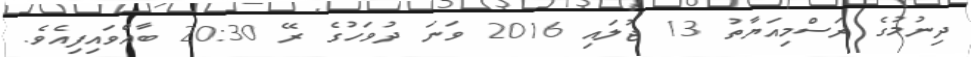
ދިނުމުގެ ރަސްމިއަޔާތު 13 ޖުލައި 2016 ވަނަ ދުވަހުގެ ރޭ 20:30 ބާއްވައިފިއެވެ.